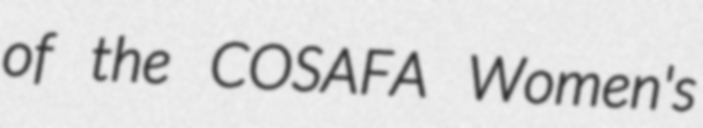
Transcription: of the COSAFA Women's